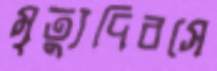
মৃত্যুদিবসে